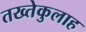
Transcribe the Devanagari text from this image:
तख्तेकुलाह